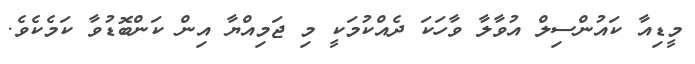
މީޑިއާ ކައުންސިލް އުވާލާ ވާހަކަ ދެއްކުމަކީ މި ޖަމިއްޔާ އިން ކަންބޮޑުވާ ކަމެކެވެ.